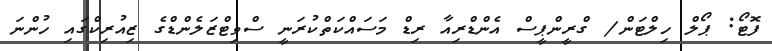
ފޮޓޯ: ޕޯލް ހިލްޓަން/ ގްރީންޕީސް އެންޑްރިއާ ރިޑް މަސައްކަތްކުރަނީ ސްވިޓްޒަލެންޑްގެ ޒިއުރިކްގައި ހުންނަ